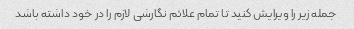
جمله زیر را ویرایش کنید تا تمام علائم نگارشی لازم را در خود داشته باشد